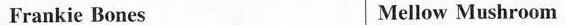
Frankie Bones Mellow Mushroom